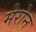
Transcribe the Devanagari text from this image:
मेरोन